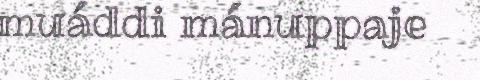
muáddi mánuppaje